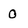
Character: 0